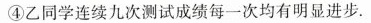
④乙同学连续九次测试成绩每一次均有明显进步。